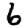
Digit: 6